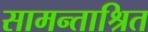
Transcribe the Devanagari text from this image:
सामन्ताश्रित